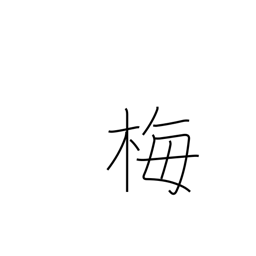
Meaning: plum